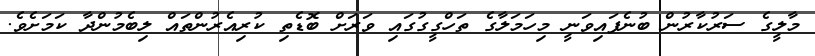
މާލީގެ ސަރުކާރުން ބުނެފައިވަނީ މިހަމަލާގެ ތަހްގީގުގައި ވަރަށް ބޮޑެތި ކުރިއެރުންތައް ލިބެމުންދާ ކަމަށެވެ.